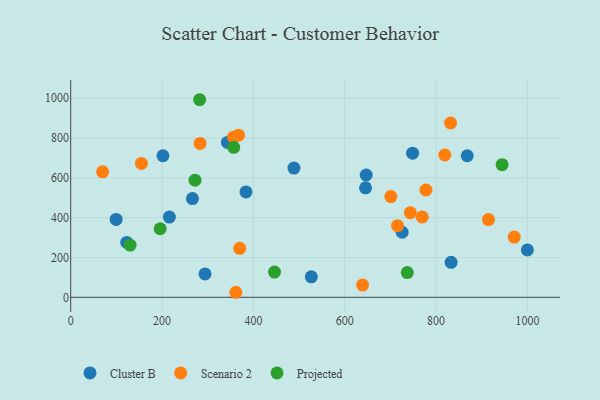
{"axis": {"x": "Price", "y": "Exam Score"}, "legend": ["Cluster B", "Projected", "Scenario 2"], "data": [{"x": "868.1", "y": 711.2, "type": "Cluster B"}, {"x": "383.7", "y": 529.5, "type": "Cluster B"}, {"x": "122.7", "y": 275.6, "type": "Cluster B"}, {"x": "488.7", "y": 649.1, "type": "Cluster B"}, {"x": "725.7", "y": 326.7, "type": "Cluster B"}, {"x": "202.0", "y": 711.2, "type": "Cluster B"}, {"x": "646.9", "y": 614.4, "type": "Cluster B"}, {"x": "99.5", "y": 391.3, "type": "Cluster B"}, {"x": "266.6", "y": 496.0, "type": "Cluster B"}, {"x": "216.1", "y": 403.0, "type": "Cluster B"}, {"x": "748.5", "y": 724.0, "type": "Cluster B"}, {"x": "832.8", "y": 175.7, "type": "Cluster B"}, {"x": "343.1", "y": 778.0, "type": "Cluster B"}, {"x": "645.5", "y": 549.8, "type": "Cluster B"}, {"x": "526.8", "y": 102.9, "type": "Cluster B"}, {"x": "294.1", "y": 117.5, "type": "Cluster B"}, {"x": "999.8", "y": 238.0, "type": "Cluster B"}, {"x": "283.2", "y": 773.2, "type": "Scenario 2"}, {"x": "361.5", "y": 25.3, "type": "Scenario 2"}, {"x": "154.9", "y": 672.7, "type": "Scenario 2"}, {"x": "69.9", "y": 630.2, "type": "Scenario 2"}, {"x": "971.1", "y": 302.5, "type": "Scenario 2"}, {"x": "367.4", "y": 814.4, "type": "Scenario 2"}, {"x": "700.9", "y": 505.9, "type": "Scenario 2"}, {"x": "743.6", "y": 425.3, "type": "Scenario 2"}, {"x": "715.5", "y": 359.8, "type": "Scenario 2"}, {"x": "769.6", "y": 403.8, "type": "Scenario 2"}, {"x": "369.9", "y": 246.2, "type": "Scenario 2"}, {"x": "831.6", "y": 875.5, "type": "Scenario 2"}, {"x": "777.8", "y": 539.0, "type": "Scenario 2"}, {"x": "639.0", "y": 61.4, "type": "Scenario 2"}, {"x": "819.0", "y": 714.8, "type": "Scenario 2"}, {"x": "356.5", "y": 804.2, "type": "Scenario 2"}, {"x": "914.7", "y": 390.6, "type": "Scenario 2"}, {"x": "944.4", "y": 666.3, "type": "Projected"}, {"x": "272.2", "y": 588.4, "type": "Projected"}, {"x": "130.1", "y": 262.2, "type": "Projected"}, {"x": "195.9", "y": 344.5, "type": "Projected"}, {"x": "356.9", "y": 753.5, "type": "Projected"}, {"x": "446.2", "y": 126.6, "type": "Projected"}, {"x": "282.2", "y": 992.5, "type": "Projected"}, {"x": "736.9", "y": 124.4, "type": "Projected"}]}